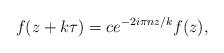
LaTeX: \begin{align*}f(z+k\tau)=c e^{-2i\pi n z/k}f(z),\end{align*}